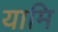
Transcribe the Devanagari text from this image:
यामि